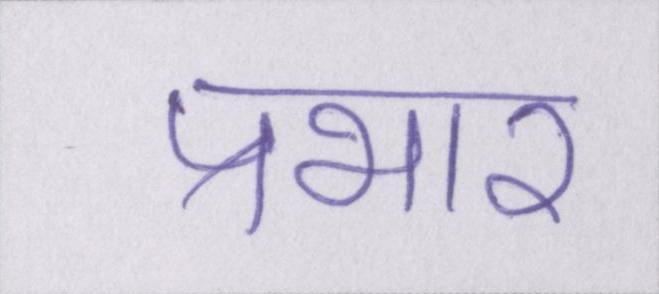
प्रभार